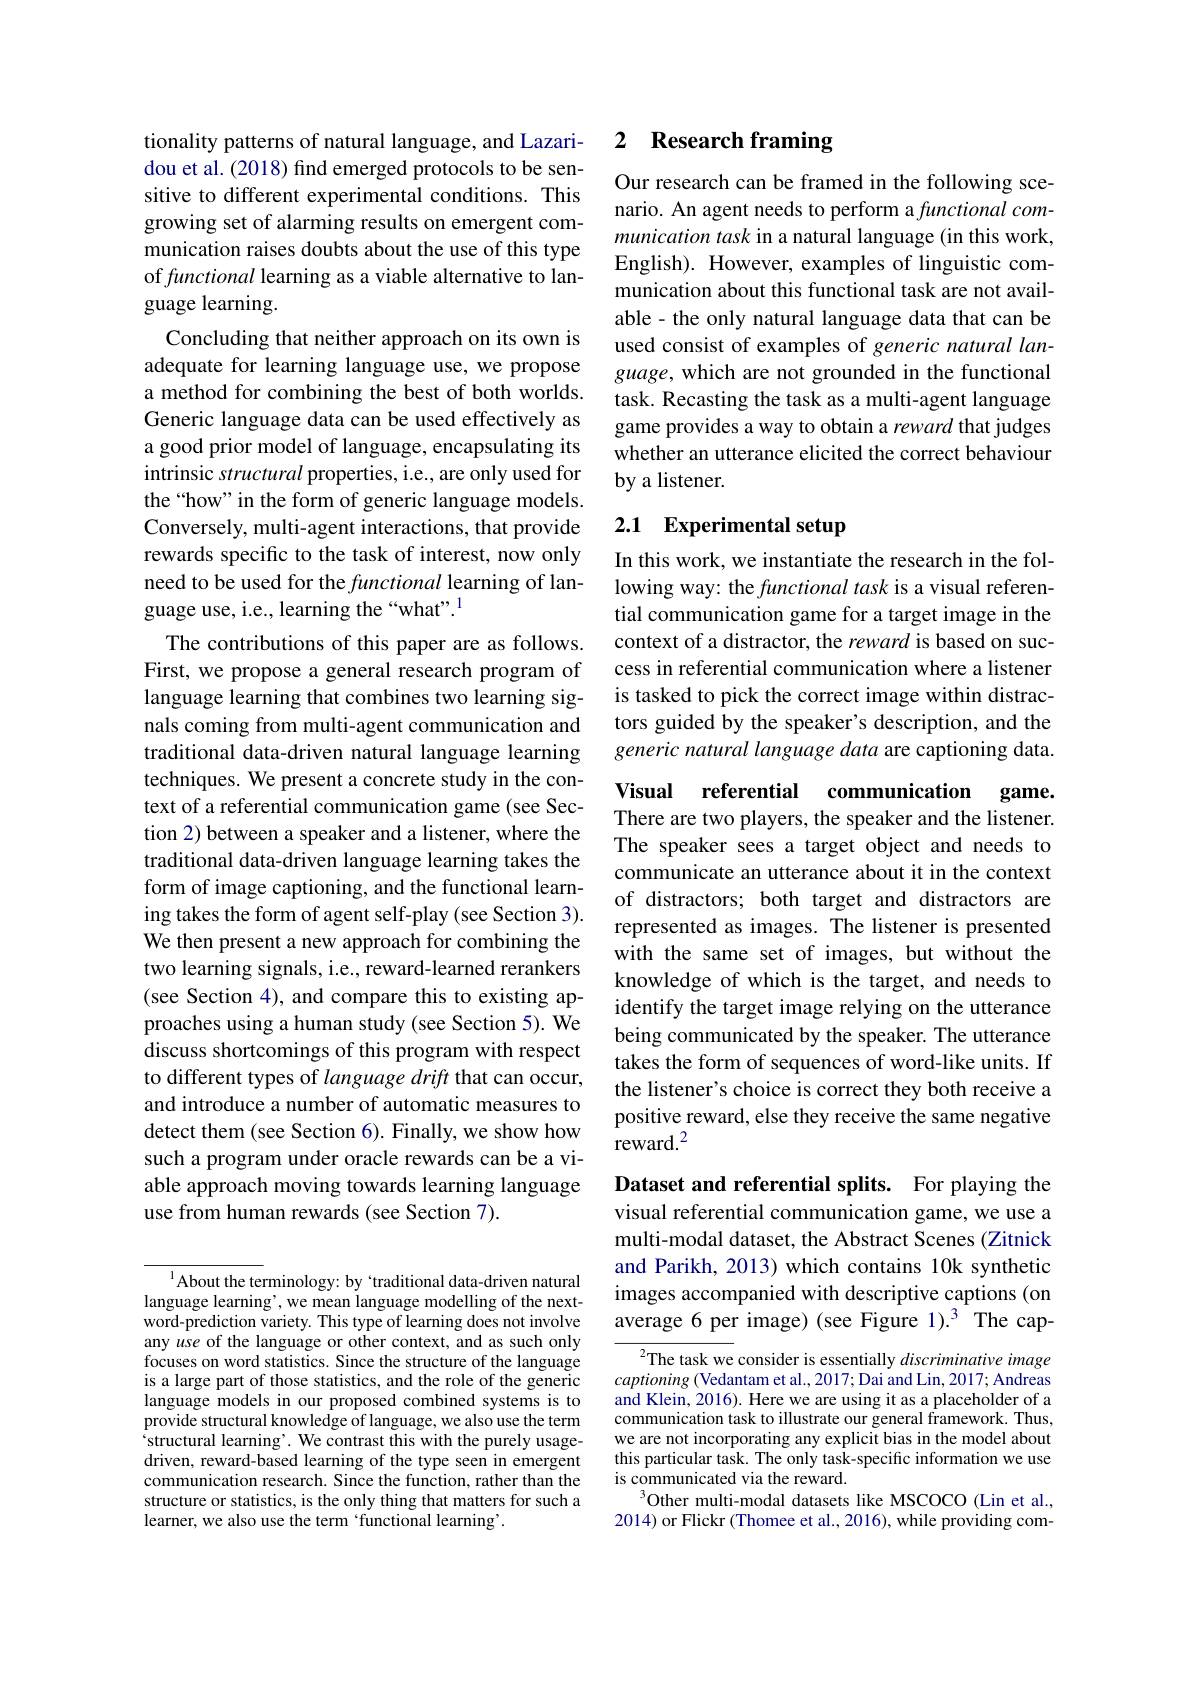
tionality patterns of natural language, and Lazaridou et al. (2018) find emerged protocols to be sensitive to different experimental conditions. This growing set of alarming results on emergent communication raises doubts about the use of this type of functional learning as a viable alternative to language learning.
Concluding that neither approach on its own is adequate for learning language use, we propose a method for combining the best of both worlds. Generic language data can be used effectively as a good prior model of language, encapsulating its intrinsic structural properties, i.e., are only used for the“how” in the form of generic language models. Conversely, multi-agent interactions, that provide rewards specific to the task of interest, now only need to be used for the functional learning of language use, i.e., learning the “what”.
The contributions of this paper are as follows. First, we propose a general research program of language learning that combines two learning signals coming from multi-agent communication and traditional data-driven natural language learning techniques. We present a concrete study in the context of a referential communication game (see Section 2) between a speaker and a listener, where the traditional data-driven language learning takes the form of image captioning, and the functional learning takes the form of agent self-play (see Section 3). We then present a new approach for combining the two learning signals, i.e., reward-learned rerankers (see Section 4), and compare this to existing approaches using a human study (see Section 5). We discuss shortcomings of this program with respect to different types of language drift that can occur, and introduce a number of automatic measures to detect them (see Section 6). Finally, we show how such a program under oracle rewards can be a viable approach moving towards learning language use from human rewards (see Section 7).

$^{1}$About the terminology: by `traditional data-driven natural language learning', we mean language modelling of the nextword-prediction variety. This type of learning does not involve any use of the language or other context, and as such only focuses on word statistics. Since the structure of the language is a large part of those statistics, and the role of the generic language models in our proposed combined systems is to provide structural knowledge of language, we also use the term structural learning'. We contrast this with the purely usagedriven, reward-based learning of the type seen in emergent communication research. Since the function, rather than the structure or statistics, is the only thing that matters for such a learner, we also use the term ‘functional learning’.

## 2 Research framing

Our research can be framed in the following scenario. An agent needs to perform a functional communication task in a natural language (in this work, English). However, examples of linguistic communication about this functional task are not available - the only natural language data that can be used consist of examples of generic natural language, which are not grounded in the functional task. Recasting the task as a multi-agent language game provides a way to obtain a reward that judges whether an utterance elicited the correct behaviour by a listener.

# 2.1 Experimental setup

In this work, we instantiate the research in the following way: the functional task is a visual referential communication game for a target image in the context of a distractor, the reward is based on success in referential communication where a listener is tasked to pick the correct image within distractors guided by the speaker's description, and the generic natural language data are captioning data.

Visual referential communication game. There are two players, the speaker and the listener. The speaker sees a target object and needs to communicate an utterance about it in the context of distractors; both target and distractors are represented as images. The listener is presented with the same set of images, but without the knowledge of which is the target, and needs to identify the target image relying on the utterance being communicated by the speaker. The utterance takes the form of sequences of word-like units. If the listener's choice is correct they both receive a positive reward, else they receive the same negative reward.$^2$

Dataset and referential splits. For playing the visual referential communication game, we use a multi-modal dataset, the Abstract Scenes (Zitnick and Parikh, 2013) which contains 10k synthetic images accompanied with descriptive captions (on average 6 per image)(see Figure 1).3 The cap-

$^{2}$The task we consider is essentially discriminative image captioning (Vedantam et al., 2017; Dai and Lin, 2017; Andreas and Klein, 2016). Here we are using it as a placeholder of a communication task to illustrate our general framework. Thus, we are not incorporating any explicit bias in the model about this particular task. The only task-specific information we use is communicated via the reward.
$^3$Other multi-modal datasets like MSCOCO (Lin et al., 2014) or Flickr (Thomee et al., 2016), while providing com-